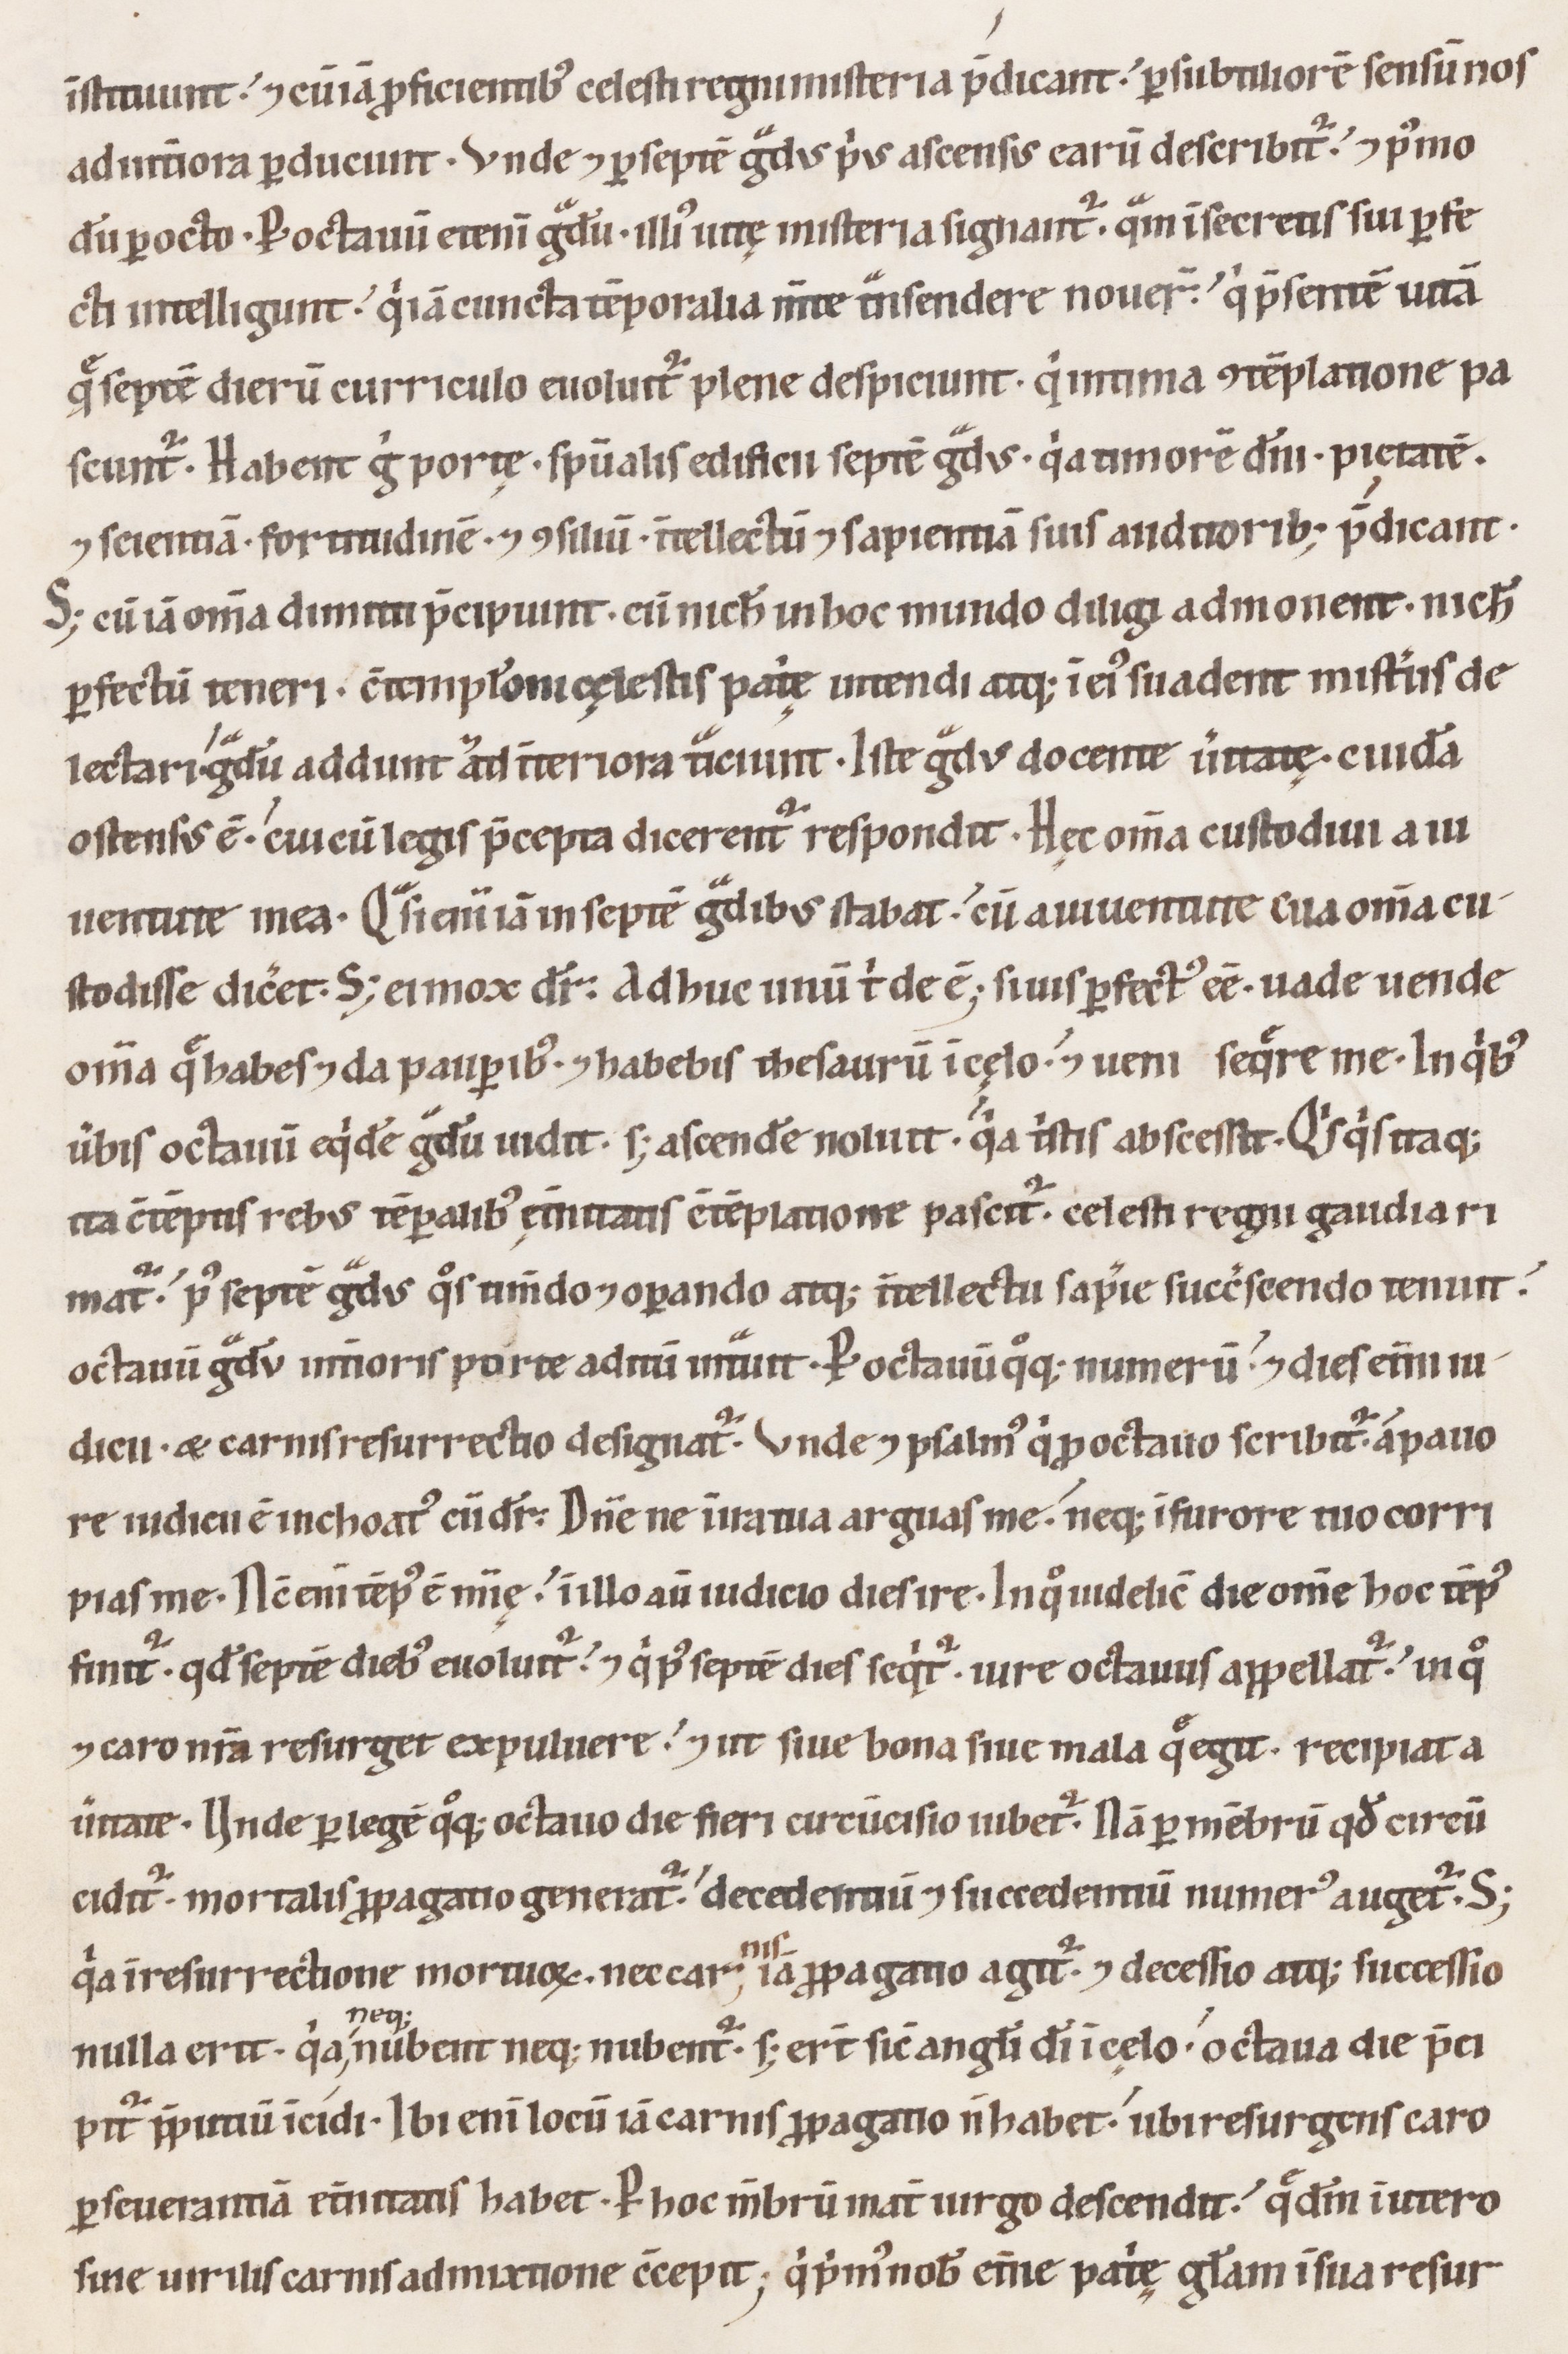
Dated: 1100–1199